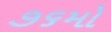
૭૬મો